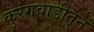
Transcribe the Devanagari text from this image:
कुरंगवाडीतून